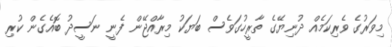
މިވަރުގެ ވެރިކަމެއް ދުނިޔޭގެ ތާރީހުގަވެސް ބަޔަކު މިރާއްޖޭން ފެނީ ނަސީދު ބޮއެގެން ކުރި